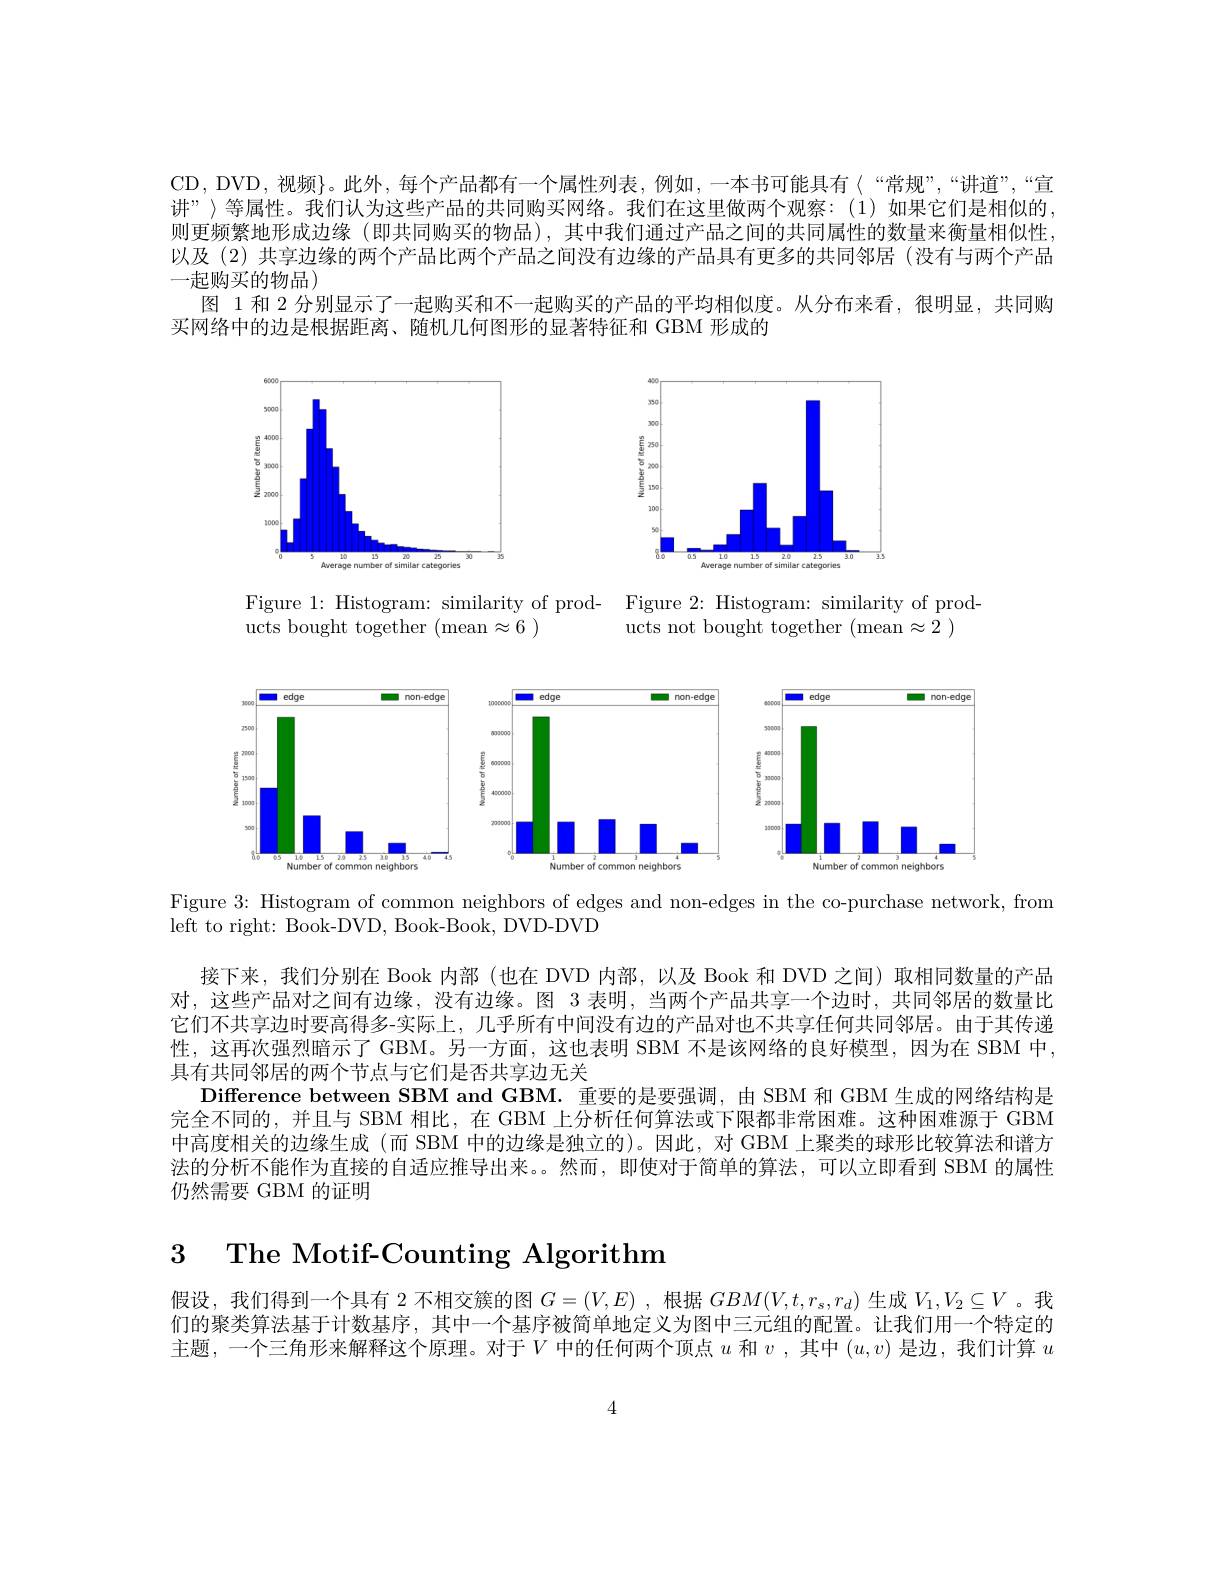
CD, DVD, 视频}。此外，每个产品都有一个属性列表，例如，一本书可能具有〈“常规”,“讲道”,“宣讲”〉等属性。我们认为这些产品的共同购买网络。我们在这里做两个观察：(1)如果它们是相似的则更频繁地形成边缘 (即共同购买的物品),其中我们通过产品之间的共同属性的数量来衡量相似性以及(2) 共享边缘的两个产品比两个产品之间没有边缘的产品具有更多的共同邻居 (没有与两个产品一起购买的物品)
图 1 和 2 分别显示了一起购买和不一起购买的产品的平均相似度。从分布来看，很明显，共同购
买网络中的边是根据距离、随机几何图形的显著特征和 GBM 形成的

<FigureHere>

Figure 1: Histogram: similarity of prod- Figure 2: Histogram: similarity of prod-
ucts bought together (mean$\approx6$ )
ucts not bought together (mean$\approx2$ )

<FigureHere>

Figure 3: Histogram of common neighbors of edges and non-edges in the co-purchase network, from
left to right: Book-DVD, Book-Book, DVD-DVD

接下来，我们分别在 Book 内部 (也在 DVD 内部，以及 Book 和 DVD 之间) 取相同数量的产品对，这些产品对之间有边缘，没有边缘。图 3 表明，当两个产品共享一个边时，共同邻居的数量比它们不共享边时要高得多-实际上，几乎所有中间没有边的产品对也不共享任何共同邻居。由于其传递性，这再次强烈暗示了 GBM。另一方面，这也表明 SBM 不是该网络的良好模型，因为在 SBM 中， 具有共同邻居的两个节点与它们是否共享边无关
Difference between SBM and GBM. 重要的是要强调，由 SBM 和 GBM 生成的网络结构是完全不同的，并且与 SBM 相比，在 GBM 上分析任何算法或下限都非常困难。这种困难源于 GBM 中高度相关的边缘生成 (而 SBM 中的边缘是独立的)。因此，对 GBM 上聚类的球形比较算法和谱方法的分析不能作为直接的自适应推导出来。。然而，即使对于简单的算法，可以立即看到 SBM 的属性仍然需要 GBM 的证明

3 The Motif-Counting Algorithm

假设，我们得到一个具有 2 不相交簇的图$G=(V,E)$ ,根据$GBM(V,t,r_s,r_d)$生成$V_1,V_2\subseteq V$ 。我们的聚类算法基于计数基序，其中一个基序被简单地定义为图中三元组的配置。让我们用一个特定的主题，一个三角形来解释这个原理。对于$V$中的任何两个顶点$u$和$v$ ,其中$(u,v)$是边，我们计算$u$

4